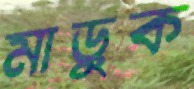
মাড়ুক